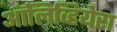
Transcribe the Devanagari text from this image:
ऑलिव्हियेरा